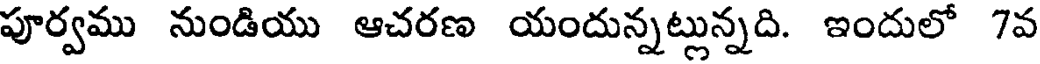
పూర్వము నుండియు ఆచరణ యందున్నట్లున్నది. ఇందులో 7వ